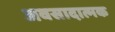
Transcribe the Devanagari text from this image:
अवसादात्मक